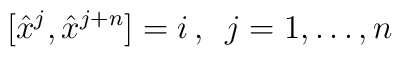
[\hat x^{j}, \hat x^{j+n}] = i \, , \enspace  j=1, \dots , n